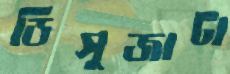
ডিসুজাটা